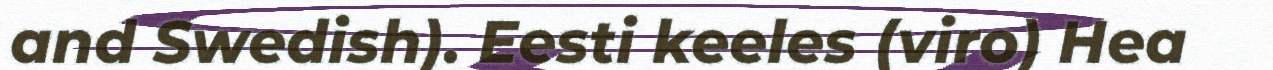
and Swedish). Eesti keeles (viro) Hea